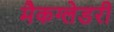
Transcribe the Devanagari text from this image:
मैकग्लेडरी